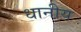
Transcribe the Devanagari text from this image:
धानीय